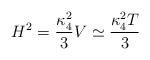
LaTeX: \begin{align*}H^2 = \frac{\kappa_4^2}{3} V \simeq \frac{\kappa_4^2 T}{3}\end{align*}